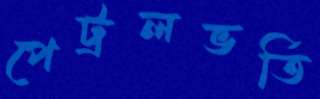
পেট্রলভর্তি